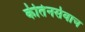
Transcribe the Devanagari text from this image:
कीर्तनसेवाच